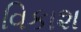
વિકાશ